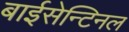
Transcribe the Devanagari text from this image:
बाईसेन्टिनल